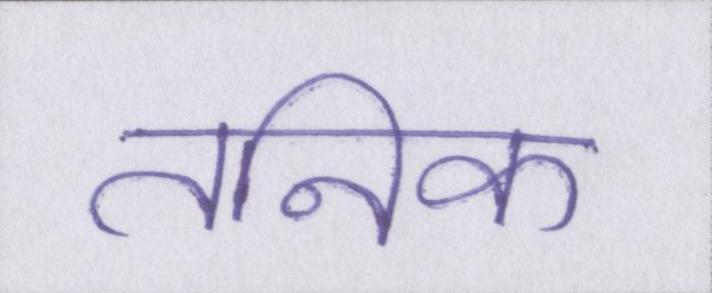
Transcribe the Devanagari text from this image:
तनिक